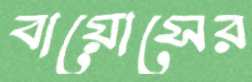
বায়োসের